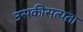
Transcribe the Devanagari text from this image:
उसकीसत्यता